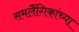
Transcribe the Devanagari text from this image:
समलैंगिकांच्या